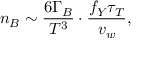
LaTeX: n _ { B } \sim \frac { 6 \Gamma _ { B } } { T ^ { 3 } } \cdot \frac { f _ { Y } \tau _ { T } } { v _ { w } } ,